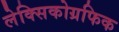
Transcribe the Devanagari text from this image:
लेक्सिकोग्रफिक